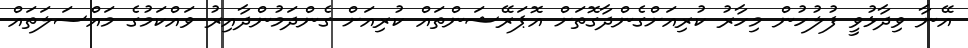
އޭނާ ވިދާޅުވީ ފުލުހުން މިހާރު ކުރިއަށްގެންދާގޮތަށް އޮޕަރޭޝަންތައް ކުރިއަށް ގެންދަމުންދާއިރު ވައްކަމުގެ މައްސަލަތައް